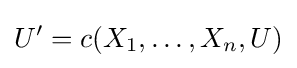
U'=c(X_{1},\dots ,X_{n},U)